Lunatic asylums in Bengal annual reports 1888-1898 - 1888-1898
Year: 1888
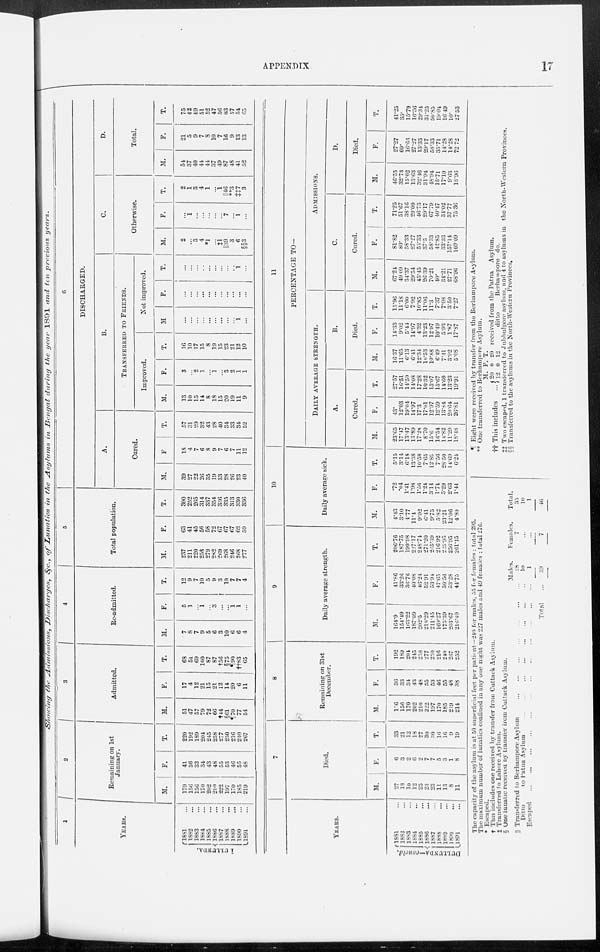
APPENDIX
17
Showing the Admission,
Discharges,
&c., of Lunatics
in the Asylums
in Bengal during the year 1891 and ten previous
years.
1
YEARS.
DULLUNDA.
1881 ...
1882 ...
1883 ...
1884 ...
1885 ...
1886 ...
1887 ...
1888 ...
1889 ...
1890 ...
1891 ...
2
Remaining on 1st
January.
M.
179
156
156
170
202
2l0
222
197
170
185
219
F.
41
36
33
34
43
48
55
53
46
55
48
T.
220
192
189
204
245
258
277
250
216
240
267
3
Admitted.
M.
51
47
57
79
72
66
†44
§61
¶70
77
54
F.
17
4
12
21
15
21
12
14
20
6
11
T.
68
51
69
100
87
87
†56
§75
¶90
††83
65
4
Re-admitted.
M.
7
8
7
9
5
6
3
10
6
6
4
F.
5
1
...
1
...
3
...
...
1
1
...
T.
12
9
7
10
5
9
3
10
7
7
4
5
Total population.
M.
237
211
220
258
279
282
269
268
246
268
277
F.
63
41
45
56
58
72
67
67
67
62
59
T.
300
252
265
314
337
354
336
335
313
330
336
6
DISCHARGED.
A.
Cured.
M.
39
27
22
26
35
19
33
28
26
23
40
F.
18
4
7
6
8
9
7
6
7
11
12
T.
57
31
29
32
43
28
40
34
33
34
52
B.
TRANSFERRED TO FRIENDS.
Improved.
M.
13
10
15
14
8
18
15
20
19
11
9
F.
3
...
2
1
...
1
...
3
2
1
1
T.
16
10
17
15
8
19
15
23
21
12
10
Not improved.
M.
...
...
...
...
...
...
...
...
...
1
...
F.
...
...
...
...
...
...
...
...
...
...
...
T.
...
...
...
...
...
...
...
...
...
1
...
C.
Otherwise.
M.
2
...
3
4
*1
...
‡1
||39
3
6
§§3
F.
...
1
...
...
...
...
...
7
...
1
...
T.
2
1
3
4
1
...
1
||46
**3
‡‡7 3
D.
Total.
M.
54
37
40
44
44
37
49
87
48
41
52
F.
21
5
9
7
8
10
7
16
9
13
13
T.
75
42
49
51
52
47
56
03
57
54
65
YEARS.
DULLUNDA—concld.
1881 ...
1882 ...
1883 ...
1884 ...
1885 ...
1886 ...
1887 ...
1888 ...
1889 ...
1890 ...
1891
...
7
Died.
M.
27
18
10
12
25
23
23
11
13
8
11
F.
6
3
2
6
2
7
7
5
3
1
8
T.
33
21
12
18
27
30
30
16
16
9
19
8
Remaining on 31st
December.
M.
156
156
170
202
210
222
197
170
185
219
214
F.
36
33
34
43
48
55
53
46
55
48
38
T.
192
189
204
245
258
277
250
216
240
267
252
9
Daily average strength.
M.
164.9
154.49
103.22
187.09
202.5
218.29
211.45
169.27
175.39
203.67
216.40
F.
41.86
33.26
36.76
40.08
46.24
52.91
53.94
47.65
50.56
53.28
41.75
T.
206.76
187.75
199.98
227.17
248.74
271.20
265.39
216.92
225.95
256.95
261.15
10
Daily average sick.
M.
4.43
3.10
4.77
11.4
9.02
6.41
9.75
5.82
23.21
12.06
4.80
F.
.72
.04
1.41
1.98
1.56
1.24
3.14
1.74
5.29
2.63
1.41
T.
5.15
3.14
6.18
13.38
10.58
7.65
12.89
7.56
28.50
14.69
6.24
11
PERCENTAGE TO—
DAILY AVERAGE STRENGTH.
A.
Cured.
M.
23.65
17.47
13.47
13.89
17.28
8.70
15.6
16.54
14.82
11.29
18.18
F.
43.
12.03
19.04
14.97
17.3
17.01
12.97
12.59
13.84
20.64
26.81
T.
27.57
16.51
14.50
14.08
17.28
10.32
15.07
15.67
14.60
13.23
19.91
B.
Died.
M.
16.37
11.65
6.13
6.41
12.34
10.53
10.88
6.49
7.41
3.92
5.08
F.
14.33
9.02
5.44
14.97
4.32
13.23
12.97
10.49
5.93
1.87
17.87
T.
15.96
11.18
6.00
7.92
10.85
11.06
11.3
7.37
7.08
3.50
7.27
ADMISSIONS.
C.
Cured.
M.
67.24
49.09
34.37
29.54
45.45
26.39
70.21
40.
34.21
27.71
68.96
F.
81.82
80.
58.33
27.27
53.33
37.5
58.33
42.85
33.33
157.14
109.09
T.
71.25
51.67
38.10
29.09
40.73
29.17
67.79
40.47
34.02
37.77
75.36
D.
Died.
M.
46.55
32.73
15.62
13.63
32. 46
31.94
48.94
15.71
17.10
9.63
18.96
F.
27.27
60.
16.66
27.27
13.33
29.17
58.33
35.71
14.28
14.28
72.72
T.
41.25
35.
15.79
16.36
29.34
31.25
50.85
19.04
16.49
10.
27.53
The capacity of the asylum is at 50 superficial feet per patient —240 for males, 55 for females : total 295.
The maximum number of lunatics confined in any one night was 227 males and 49 females : total 276.
* Escaped.
† This includes one received by transfer from Cuttack Asylum.
‡ Transferred to Lahore Asylum.
§ One lunatic received by transfer from Cuttack Asylum.
||Transferred to Berhampore Asylum ... ... ... ... ... ... ...
Ditto
to Patna Asylutn
...
...
...
...
...
...
...
Escaped
...
...
...
...
...
...
...
...
...
Total ...
Males.
28
10
1
39
Females.
7
...
...
7
Total.
35
10
1
46
¶
**
††
‡‡
§§
Eight were received by transfer from the Berhampore Asylum.
One transferred to Berhampore Asylum.
This includes ...
M.
20
12
F.
0
0
T.
20 received from the Patna Asylum.
12
ditto
Berhampore do.
Two escaped, 1 transferred to jubbulpore asylum, and 4 to asylums in the North-Western Provinces.
Transferred to the asylums in the North-Western Provinces.